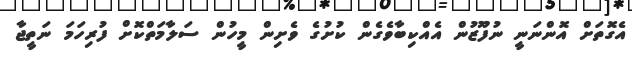
އެގޮތަށް އޮންނަނީ ނުފޫޒުން އެއްކިބާވެގެން ކުށުގެ ވެށިން މީހުން ސަލާމަތްކޮށް ފުރިހަމަ ނަތީޖާ